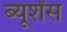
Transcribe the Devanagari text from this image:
ब्यूर्शेंस